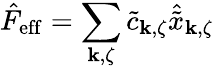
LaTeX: \hat{F}_{\mathrm{eff}}=\sum_{{\mathbf k},\zeta}\tilde{c}_{{\mathbf k},\zeta}\hat{\tilde{x}}_{{\mathbf k},\zeta}